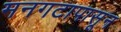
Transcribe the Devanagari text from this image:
मनगटापासून